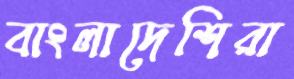
বাংলাদেশিরা